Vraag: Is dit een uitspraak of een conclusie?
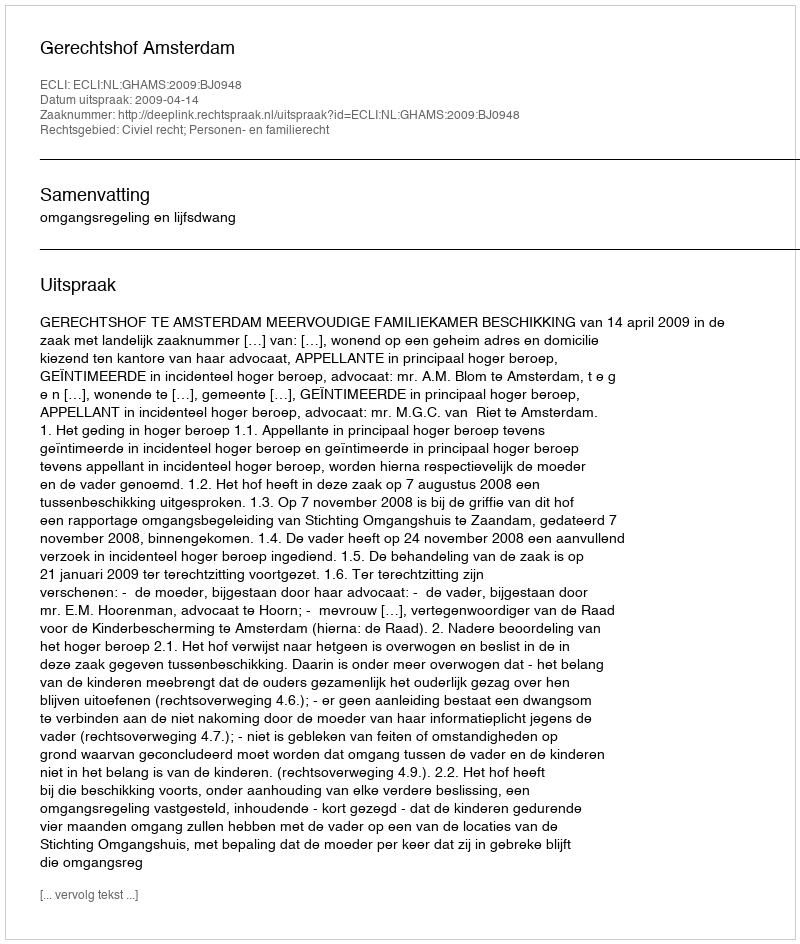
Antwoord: Uitspraak